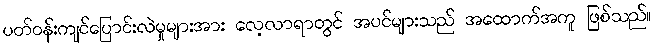
ပတ်ဝန်းကျင်ပြောင်းလဲမှုများအား လေ့လာရာတွင် အပင်များသည် အထောက်အကူ ဖြစ်သည်။